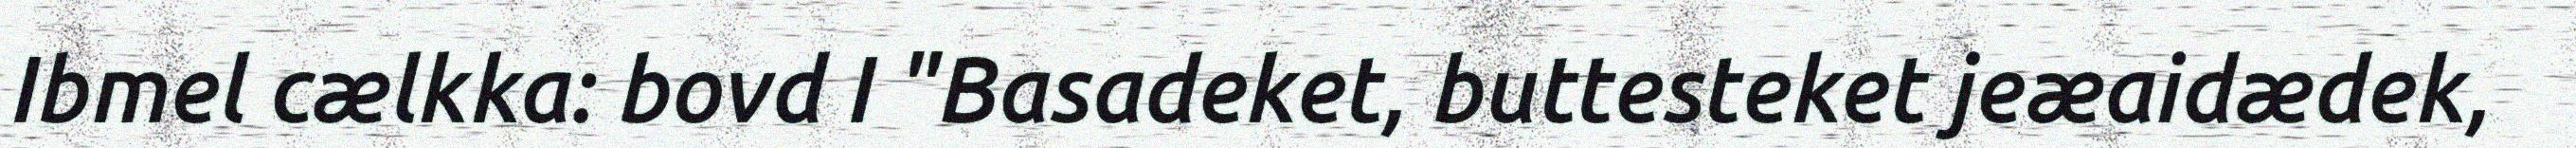
Ibmel cælkka: bovd I "Basadeket, buttesteket jeæaidædek,